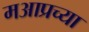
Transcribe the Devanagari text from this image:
मआप्रच्या